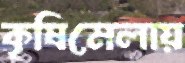
কৃষিমেলায়